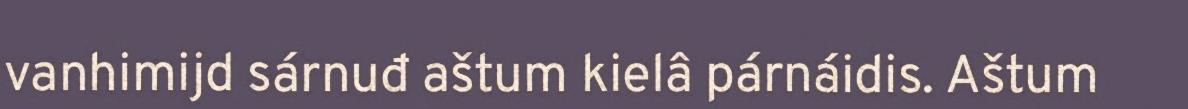
vanhimijd sárnuđ aštum kielâ párnáidis. Aštum